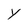
Character: Y